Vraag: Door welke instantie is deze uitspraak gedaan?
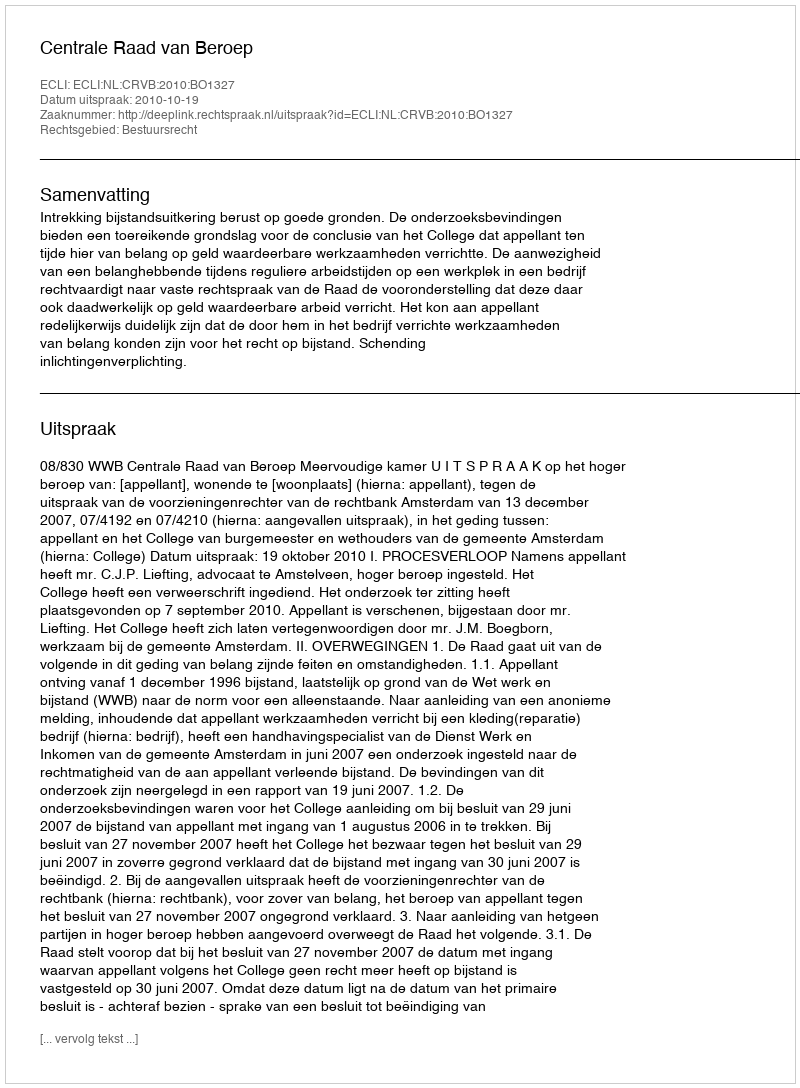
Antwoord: Centrale Raad van Beroep